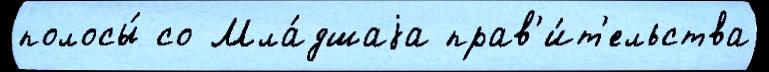
полосы́ со Мла́дшаjа прав'и́т'ельства